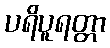
ပရိပူရတ္တာ